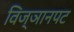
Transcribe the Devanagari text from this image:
विज्ञानपट